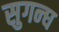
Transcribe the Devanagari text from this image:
सुगन्घ